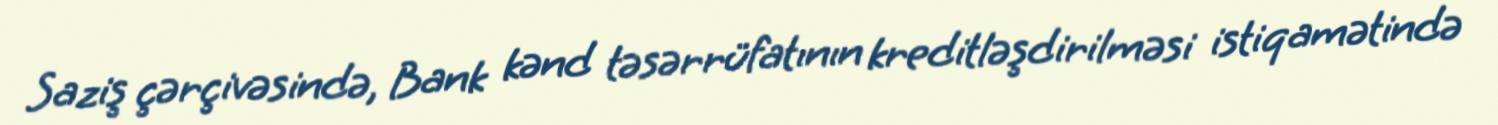
Saziş çərçivəsində, Bank kənd təsərrüfatının kreditləşdirilməsi istiqamətində